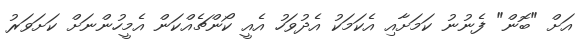
އަށް "ބޮން" ފެނުނު ކަމަށާއި އެކަމަކު އެދުވަހު އެއީ ކޯންޗެއްކަން އެމީހުންނަށް ކަށަވަރު